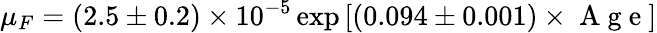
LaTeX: \mu_{F}=(2.5\pm 0.2)\times 10^{-5}\exp{[(0.094\pm 0.001)\times\mathrm{~A~g~e~}]}